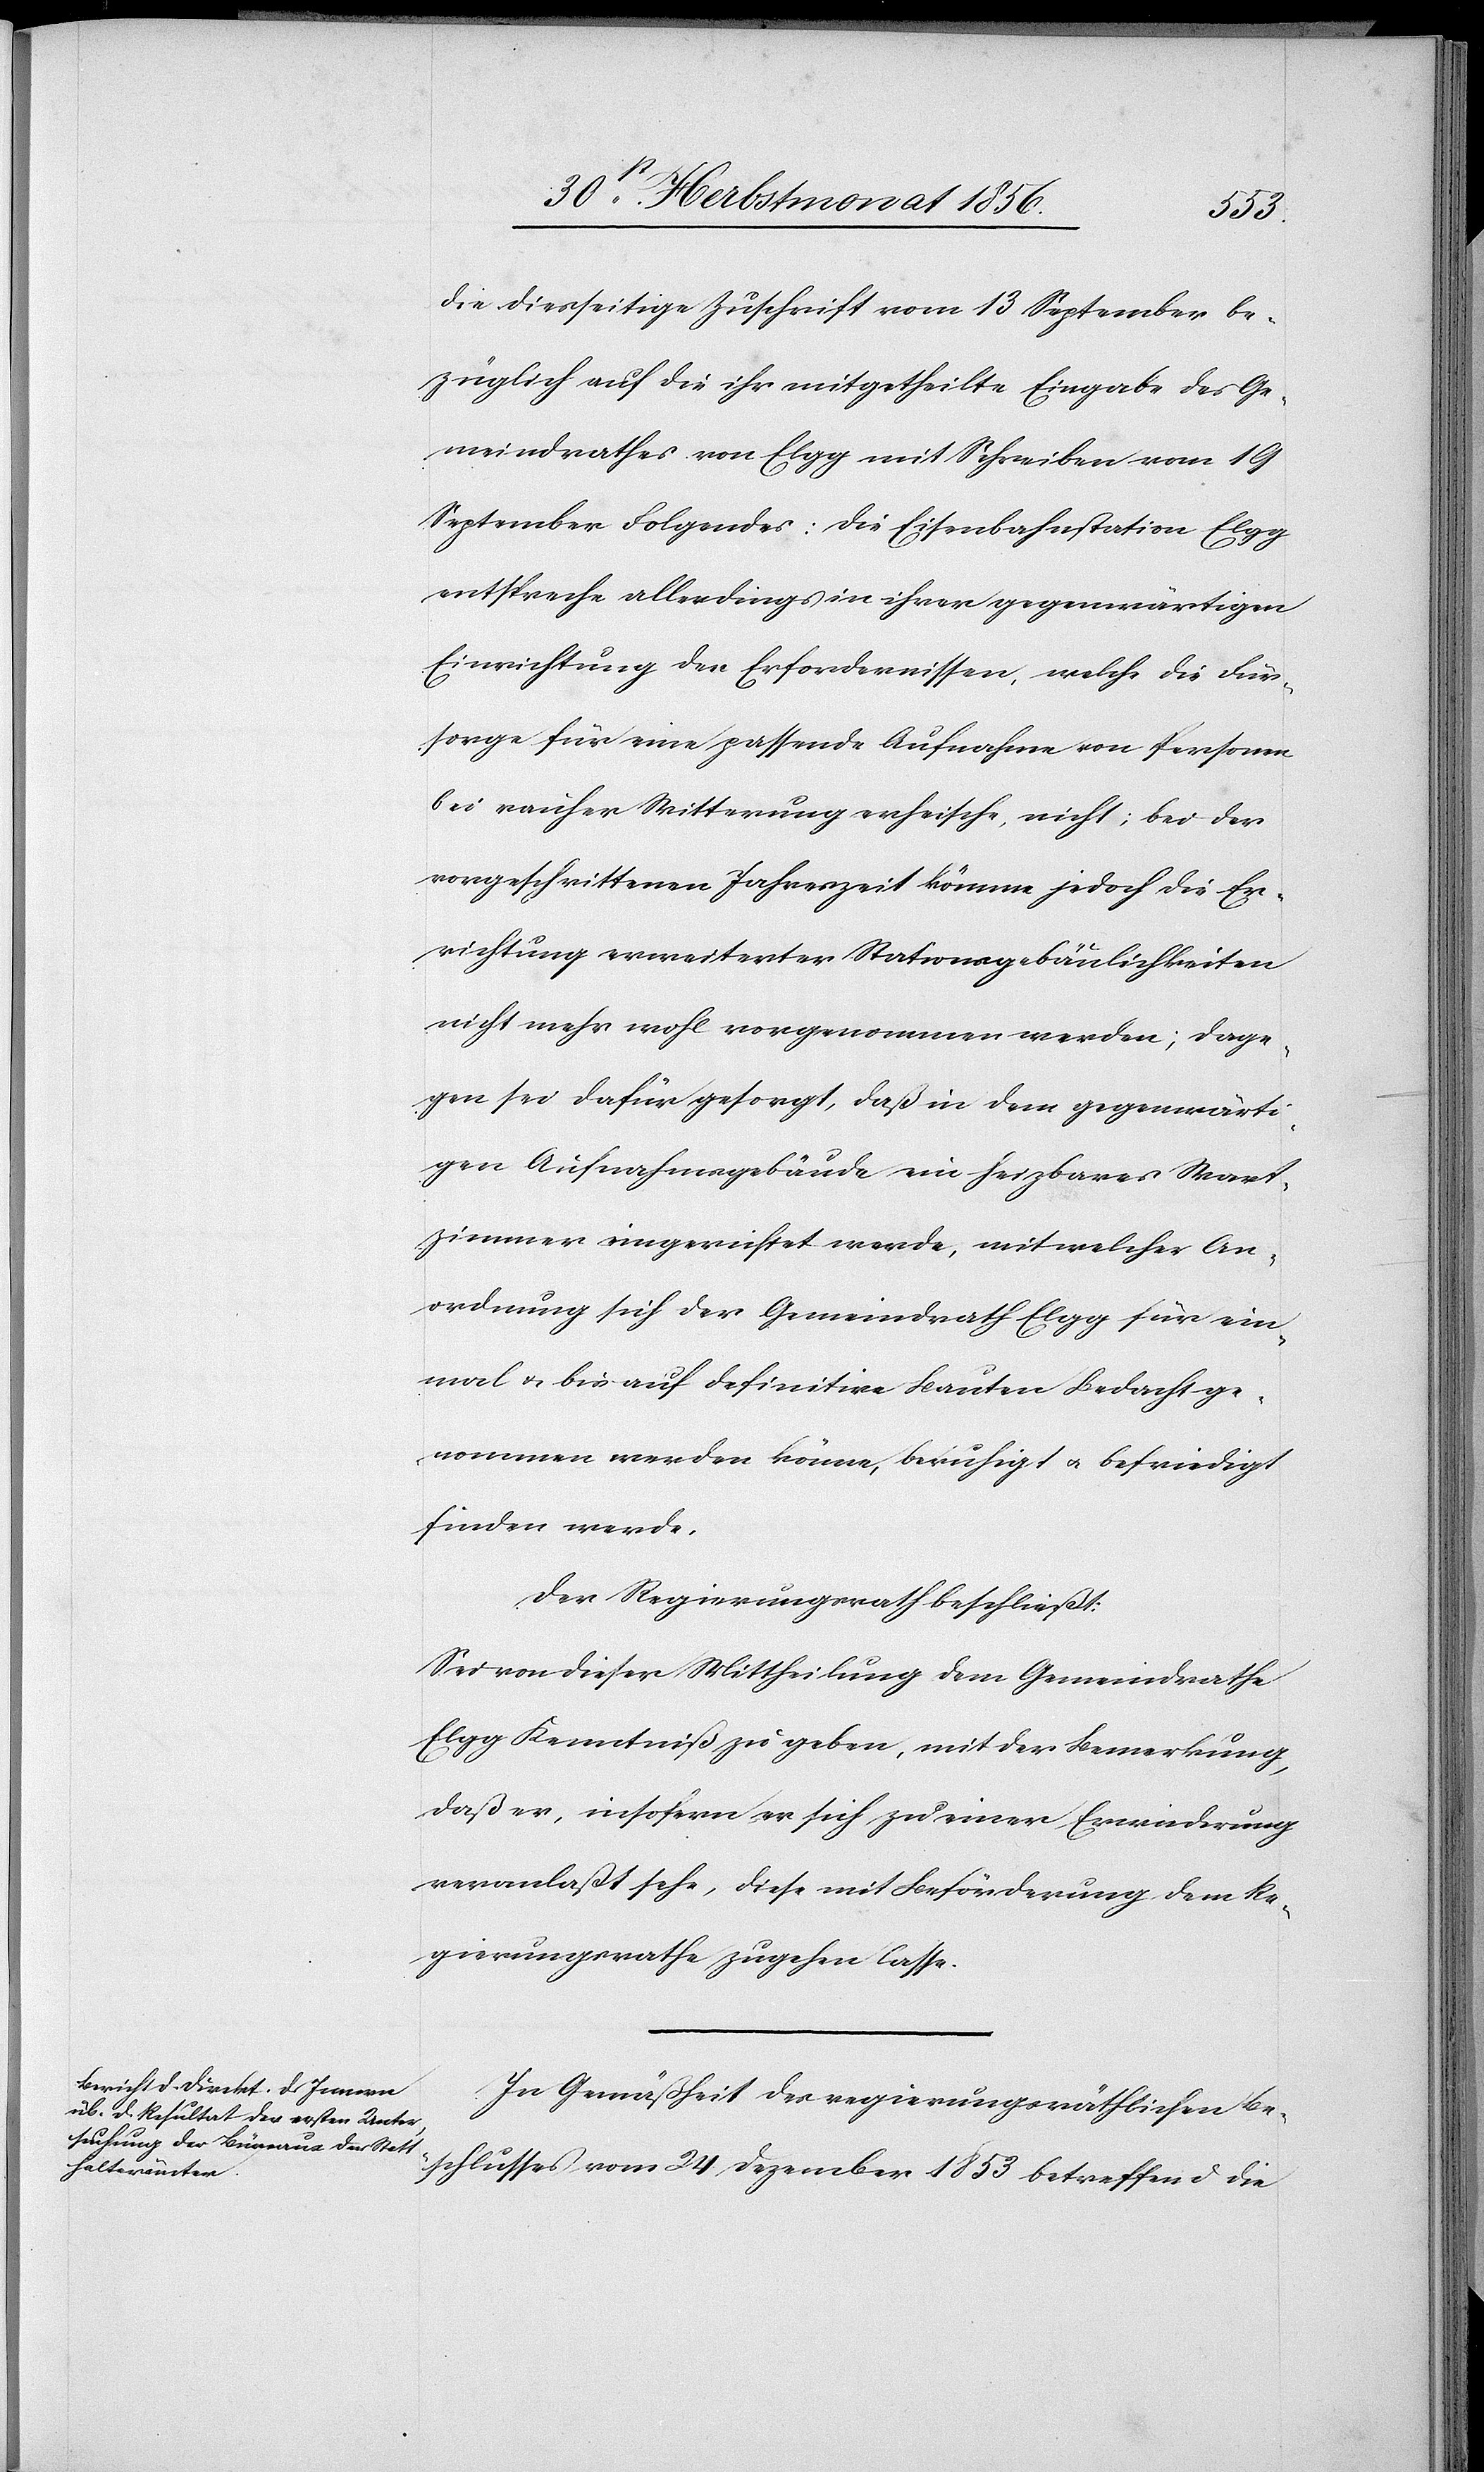
die diesseitige Zuschrift vom 13 September be¬
züglich auf die ihr mitgetheilte Eingabe des Ge¬
meindrathes von Elgg mit Schreiben vom 19
September Folgendes: Die Eisenbahnstation Elgg
entspreche allerdings in ihrer gegenwärtigen
Einrichtung den Erfordernissen, welche die Für¬
sorge für eine passende Aufnahme von Personen
bei rauher Witterung erheische, nicht; bei der
vorgeschrittenen Jahreszeit könne jedoch die Er¬
richtung erweiterter Stationsgebäulichkeiten
nicht mehr wohl vorgenommen werden; dage¬
gen sei dafür gesorgt, daß in dem gegenwärti¬
gen Aufnahmsgebäude ein heizbares Wart¬
zimmer eingerichtet werde, mit welcher An¬
ordnung sich der Gemeindrath Elgg für ein¬
mal & bis auf definitive Bauten Bedacht ge¬
nommen werden könne, berechtigt u. befriedigt
finden werde.
Der Regierungsrath beschließt:
Sei von dieser Mittheilung dem Gemeindrathe
Elgg Kenntniß zu geben, mit der Bemerkung,
daß er, insofern er sich zu einer Erwiederung
veranlaßt sehe, diese mit Beförderung dem Re¬
gierungsrathe zugehen lasse.
In Gemäßheit des regierungsräthlichen Be¬
schlusses vom 24 Dezember 1853 betreffend die